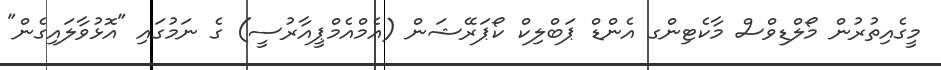
މީގެއިތުރުން މޯލްޑިވްސް މާކެޓިންގ އެންޑް ޕަބްލިކް ކޯޕަރޭޝަން (އެމްއެމްޕީއާރުސީ) ގެ ނަމުގައި "އޮޅުވާލައިގެން"